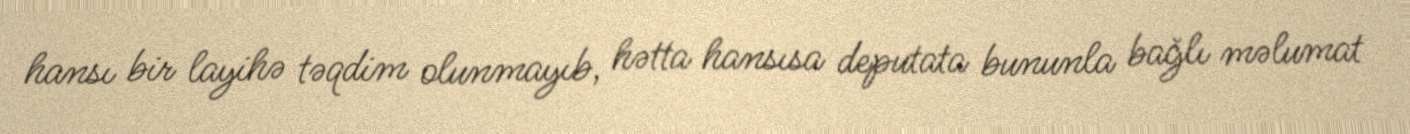
hansı bir layihə təqdim olunmayıb, hətta hansısa deputata bununla bağlı məlumat